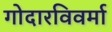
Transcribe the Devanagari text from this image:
गोदारविवर्मा